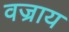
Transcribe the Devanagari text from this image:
वज्राय